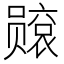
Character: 𫬙